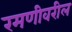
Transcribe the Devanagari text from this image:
रमणीवरील